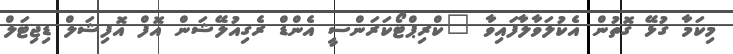
މިކަމާ ގުޅޭ ގޮތުން އެކުލަވާލާފައިވާ "ކްރިޕްޓޯކަރަންސީ އެންޑް ރެގިއުލޭޝަން އޮފް އޮފިޝަލް ޑިޖިޓަލް